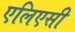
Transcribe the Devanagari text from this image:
एलिएसी